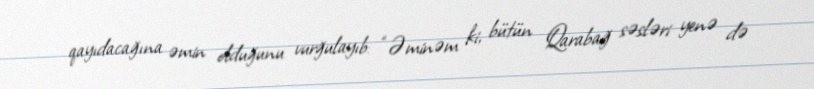
qayıdacağına əmin olduğunu vurğulayıb: “Əminəm ki, bütün Qarabağ səsləri yenə də